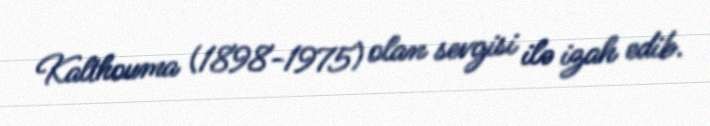
Kalthouma (1898-1975) olan sevgisi ilə izah edib.